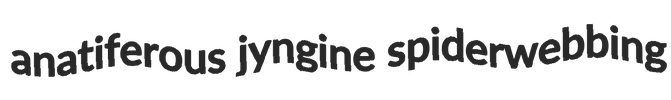
anatiferous jyngine spiderwebbing